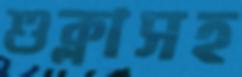
শুক্লাসহ